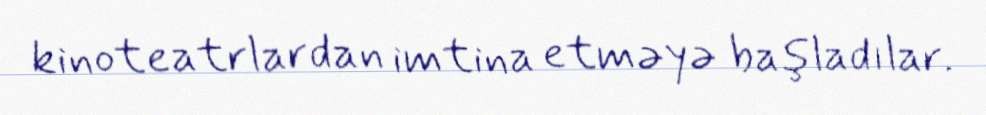
kinoteatrlardan imtina etməyə başladılar.